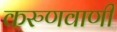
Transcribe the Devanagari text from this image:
करुणवाणी